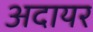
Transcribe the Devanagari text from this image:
अदायर